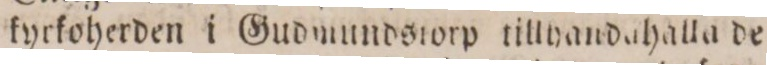
kyrkoherden i Gudmundstorp tillhandahalla de